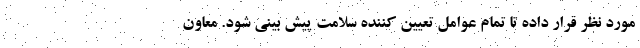
مورد نظر قرار داده تا تمام عوامل تعیین کننده سلامت پیش بینی شود. معاون